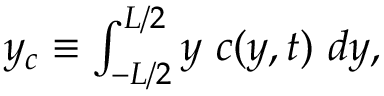
\begin{array} { r } { y _ { c } \equiv \int _ { - L / 2 } ^ { L / 2 } y \ c ( y , t ) \ d y , } \end{array}